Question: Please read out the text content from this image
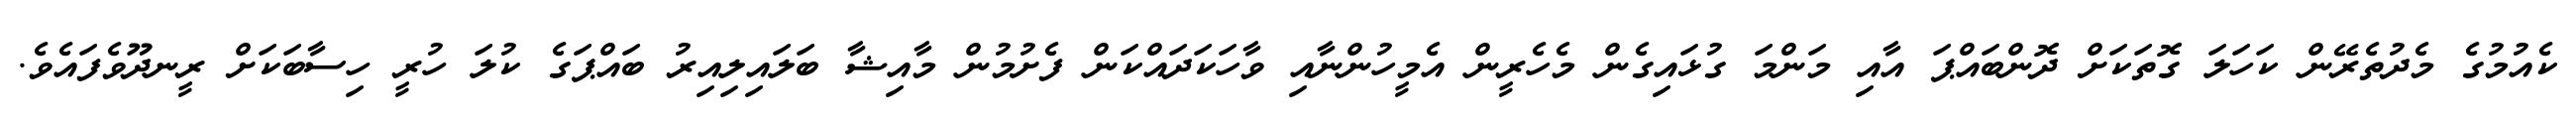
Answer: ކެއުމުގެ މެދުތެރޭން ކަހަލަ ގޮތަކަށް ދޮންބައްޕަ އާއި މަންމަ ގުޅައިގެން މެހެރީން އެމީހުންނާއި ވާހަކަދައްކަން ފެށުމުން މާއިޝާ ބަލައިލިއިރު ބައްޕަގެ ކުލަ ހުރީ ހިސާބަކަށް ރީނދޫވެފައެވެ.